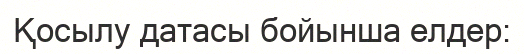
Қосылу датасы бойынша елдер: